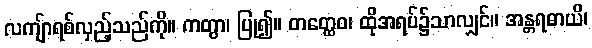
လကျ်ာရစ်လှည့်သည်ကို။ ကတွာ၊ ပြု၍။ တတ္ထေဝ၊ ထိုအရပ်၌သာလျှင်။ အန္တရဓာယိ၊